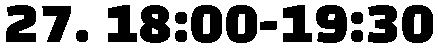
27. 18:00-19:30